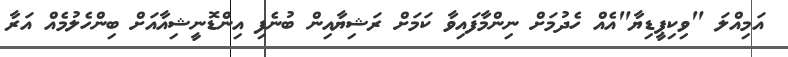
އަމިއްލަ "ވިކިޕީޑިޔާ"އެއް ހެދުމަށް ނިންމާފައިވާ ކަމަށް ރަޝިޔާއިން ބުނެފި އިންޑޮނީޝިއާއަށް ބިންހެލުމެއް އަރާ